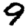
Digit: 9